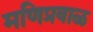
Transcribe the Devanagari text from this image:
मणिप्रवाळ